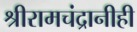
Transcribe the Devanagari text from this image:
श्रीरामचंद्रानीही